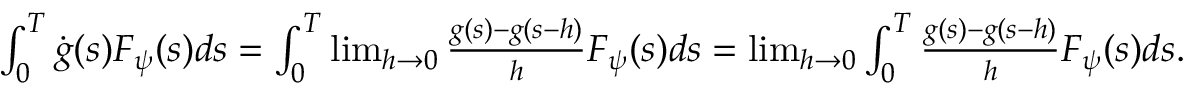
\begin{array} { r } { \int _ { 0 } ^ { T } \dot { g } ( s ) F _ { \psi } ( s ) d s = \int _ { 0 } ^ { T } \operatorname* { l i m } _ { h \rightarrow 0 } \frac { g ( s ) - g ( s - h ) } { h } F _ { \psi } ( s ) d s = \operatorname* { l i m } _ { h \rightarrow 0 } \int _ { 0 } ^ { T } \frac { g ( s ) - g ( s - h ) } { h } F _ { \psi } ( s ) d s . } \end{array}